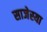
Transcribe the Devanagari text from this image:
साजेस्या